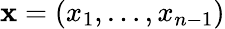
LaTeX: {\mathbf x}=(x_{1},\dots,x_{n-1})